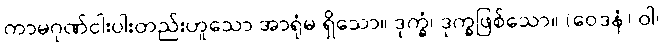
ကာမဂုဏ်ငါးပါးတည်းဟူသော အာရုံမ ရှိသော။ ဒုက္ခံ၊ ဒုက္ခဖြစ်သော။ (ဝေဒနံ) ဝါ၊